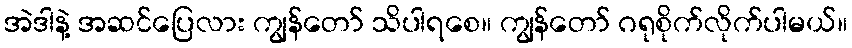
အဲဒါနဲ့ အဆင်ပြေလား ကျွန်တော် သိပါရစေ။ ကျွန်တော် ဂရုစိုက်လိုက်ပါမယ်။